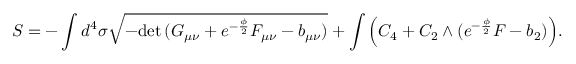
S = - \int d ^ { 4 } \sigma \sqrt { - \mathrm { d e t } \, ( G _ { \mu \nu } + e ^ { - \frac { \phi } { 2 } } F _ { \mu \nu } - b _ { \mu \nu } ) } + \int \Big ( C _ { 4 } + C _ { 2 } \wedge ( e ^ { - \frac { \phi } { 2 } } F - b _ { 2 } ) \Big ) .